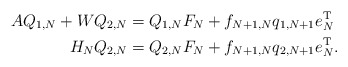
\begin{align*} \begin{aligned} A Q_{1,N} + W Q_{2,N} &= Q_{1,N} F_N + f_{N+1,N} q_{1,N+1} e_N^{\mathrm T} \\ H_N Q_{2,N} &= Q_{2,N} F_N + f_{N+1,N} q_{2,N+1} e_N^{\mathrm T}. \end{aligned}\end{align*}